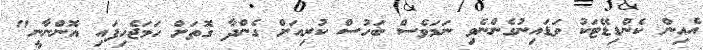
އެއިން ކެންޑިޑޭޓަކު ވަޑައިނުގެންނެވި ނަމަވެސް ބަހުސް ކުރިއަށް ގެންދާ ގޮތަށް ހަމަޖެހިފައި އޮންނާނީ"